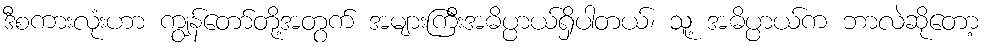
ဒီစကားလုံးဟာ ကျွန်တော်တို့အတွက် အများကြီးအဓိပ္ပာယ်ရှိပါတယ်၊ သူ့ အဓိပ္ပာယ်က ဘာလဲဆိုတော့